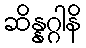
ဆိန္နဂ္ဂါနိ